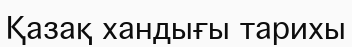
Қазақ хандығы тарихы